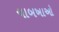
ચાબખાઓ